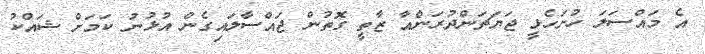
އެ މައްސަލަ ހުށަހެޅީ ޖަޔަޗަންދުރަންއާ ޒާތީ ގޮތުން ޖައްސާލައިގެން އުޅުނު ކަމަށް ޝައްކު